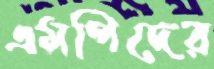
এমপিদের